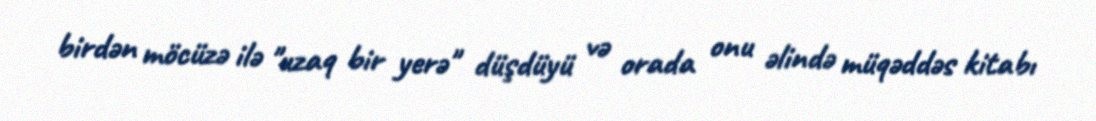
birdən möcüzə ilə "uzaq bir yerə" düşdüyü və orada onu əlində müqəddəs kitabı